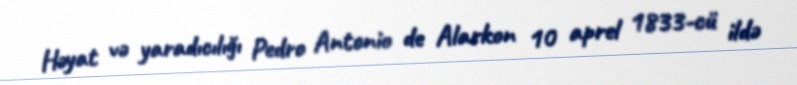
Həyat və yaradıcılığı Pedro Antonio de Alarkon 10 aprel 1833-cü ildə